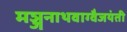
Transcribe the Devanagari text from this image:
मञ्जुनाथवाग्वैजयंती